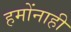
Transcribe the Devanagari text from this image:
हमोंनाही